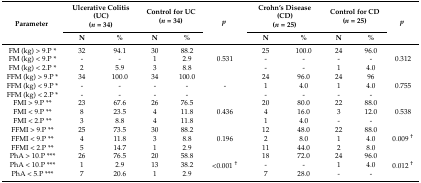
<table><thead><tr><td rowspan="2"><b>Parameter</b></td><td colspan="2"><b>Ulcerative Colitis (UC)(<i>n</i> = 34)</b></td><td colspan="2"><b>Control for UC(<i>n</i> = 34)</b></td><td rowspan="2"><b><i>p</i></b></td><td colspan="2"><b>Crohn’s Disease (CD)(<i>n</i> = 25)</b></td><td colspan="2"><b>Control for CD(<i>n</i> = 25)</b></td><td rowspan="2"><b><i>p</i></b></td></tr><tr><td><b>N</b></td><td><b>%</b></td><td><b>N</b></td><td><b>%</b></td><td><b>N</b></td><td><b>%</b></td><td><b>N</b></td><td><b>%</b></td></tr></thead><tbody><tr><td>FM (kg) &gt; 9.P *</td><td>32</td><td>94.1</td><td>30</td><td>88.2</td><td></td><td>25</td><td>100.0</td><td>24</td><td>96.0</td><td></td></tr><tr><td>FM (kg) &lt; 9.P *</td><td>-</td><td>-</td><td>1</td><td>2.9</td><td>0.531</td><td>-</td><td>-</td><td>-</td><td>-</td><td>0.312</td></tr><tr><td>FM (kg) &lt; 2.P *</td><td>2</td><td>5.9</td><td>3</td><td>8.8</td><td></td><td>-</td><td>-</td><td>1</td><td>4.0</td><td></td></tr><tr><td>FFM (kg) &gt; 9.P *</td><td>34</td><td>100.0</td><td>34</td><td>100.0</td><td></td><td>24</td><td>96.0</td><td>24</td><td>96</td><td></td></tr><tr><td>FFM (kg) &lt; 9.P *</td><td>-</td><td>-</td><td>-</td><td>-</td><td>-</td><td>1</td><td>4.0</td><td>1</td><td>4.0</td><td>0.755</td></tr><tr><td>FFM (kg) &lt; 2.P *</td><td>-</td><td>-</td><td>-</td><td>-</td><td></td><td>-</td><td>-</td><td>-</td><td>-</td><td></td></tr><tr><td>FMI &gt; 9.P **</td><td>23</td><td>67.6</td><td>26</td><td>76.5</td><td></td><td>20</td><td>80.0</td><td>22</td><td>88.0</td><td></td></tr><tr><td>FMI &lt; 9.P **</td><td>8</td><td>23.5</td><td>4</td><td>11.8</td><td>0.436</td><td>4</td><td>16.0</td><td>3</td><td>12.0</td><td>0.538</td></tr><tr><td>FMI &lt; 2.P **</td><td>3</td><td>8.8</td><td>4</td><td>11.8</td><td></td><td>1</td><td>4.0</td><td>-</td><td>-</td><td></td></tr><tr><td>FFMI &gt; 9.P **</td><td>25</td><td>73.5</td><td>30</td><td>88.2</td><td></td><td>12</td><td>48.0</td><td>22</td><td>88.0</td><td></td></tr><tr><td>FFMI &lt; 9.P **</td><td>4</td><td>11.8</td><td>3</td><td>8.8</td><td>0.196</td><td>2</td><td>8.0</td><td>1</td><td>4.0</td><td>0.009 <sup>†</sup></td></tr><tr><td>FFMI &lt; 2.P **</td><td>5</td><td>14.7</td><td>1</td><td>2.9</td><td></td><td>11</td><td>44.0</td><td>2</td><td>8.0</td><td></td></tr><tr><td>PhA &gt; 10.P ***</td><td>26</td><td>76.5</td><td>20</td><td>58.8</td><td></td><td>18</td><td>72.0</td><td>24</td><td>96.0</td><td></td></tr><tr><td>PhA &lt; 10.P ***</td><td>1</td><td>2.9</td><td>13</td><td>38.2</td><td>&lt;0.001 <sup>†</sup></td><td>-</td><td>-</td><td>1</td><td>4.0</td><td>0.012 <sup>†</sup></td></tr><tr><td>PhA &lt; 5.P ***</td><td>7</td><td>20.6</td><td>1</td><td>2.9</td><td></td><td>7</td><td>28.0</td><td>-</td><td>-</td><td></td></tr></tbody></table>